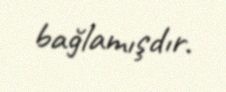
bağlamışdır.